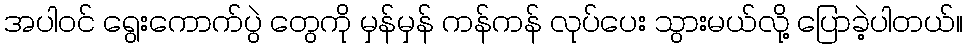
အပါဝင် ရွေးကောက်ပွဲ တွေကို မှန်မှန် ကန်ကန် လုပ်ပေး သွားမယ်လို့ ပြောခဲ့ပါတယ်။